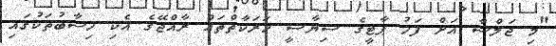
"މި ޖަލްސާ އަށް ފަހު ޕާޓީގެ ސިޔާސީ ހަރަކާތްތައް ރާއްޖޭގެ އެކި ހިސާބުތަކުގައި